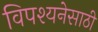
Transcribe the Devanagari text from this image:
विपश्यनेसाठी